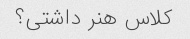
کلاس هنر داشتی؟